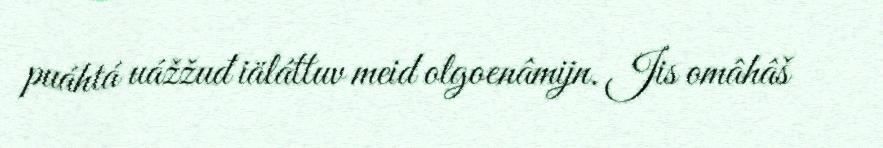
puáhtá uážžuđ iäláttuv meid olgoenâmijn. Jis omâhâš